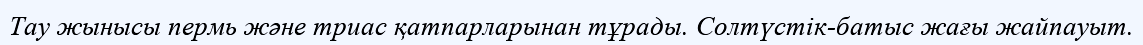
Тау жынысы пермь және триас қатпарларынан тұрады. Солтүстік-батыс жағы жайпауыт.